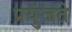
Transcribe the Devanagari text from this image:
प्रयुंजते